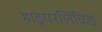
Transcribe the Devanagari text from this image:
हाइपरलिंकिङ्